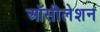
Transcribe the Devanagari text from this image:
ऑसीलेशन